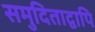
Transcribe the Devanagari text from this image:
समुदिताद्वापि